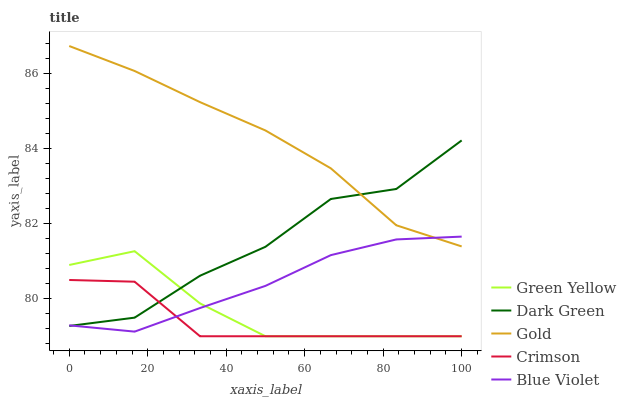
| xaxis_label | Green Yellow | Dark Green | Gold | Crimson | Blue Violet |
 | --- | --- | --- | --- | --- | --- |
 | 0 | 80.9 | 79.3 | 86.7 | 80.5 | 79.3 |
 | 16.7 | 81.3 | 79.5 | 86.1 | 80.5 | 79.1 |
 | 33.3 | 79.9 | 80.6 | 85.2 | 79 | 79.8 |
 | 50 | 79 | 81.4 | 84.5 | 79 | 80.3 |
 | 66.7 | 79 | 82.7 | 83.5 | 79 | 81.2 |
 | 83.3 | 79 | 82.9 | 82 | 79 | 81.6 |
 | 100 | 79 | 84.2 | 81.4 | 79 | 81.7 |